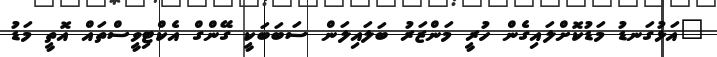
"އަޅުގަނޑު މަޑުކޮށްލައިގެން ހުރީ މަންޒަރު ބަލައިލަން ސަބަބަކީ ގޭންގް އެކްޓިވީސްތައް އޮތީ މަޑު